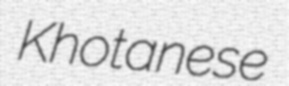
Khotanese